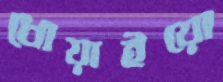
ধোয়াইয়ো